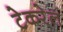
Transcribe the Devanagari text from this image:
टेकरेल